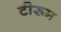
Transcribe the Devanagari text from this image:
टीरूम